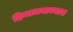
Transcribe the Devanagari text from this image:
हिमालयाच्याच